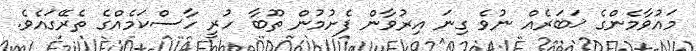
މައުވާމެންގެ ޚަބަރެއް ނުވެ ގިނަ އިރުވާން ފެށުމުން ތޫބާ ހުރީ ހާސްކަމެއްގެ ތެރޭގައެވެ.